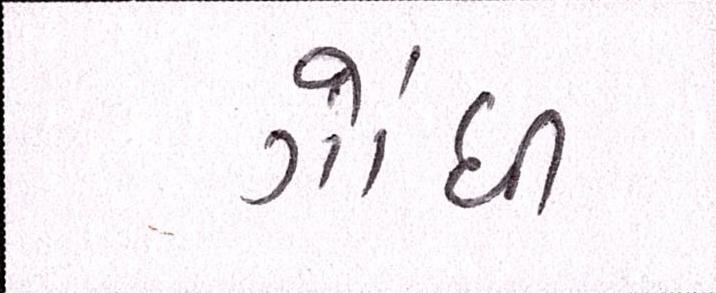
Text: ગોંધી